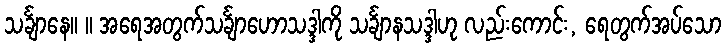
သင်္ချာနေ။ ။ အရေအတွက်သင်္ချာဟောသဒ္ဒါကို သင်္ချာနသဒ္ဒါဟု လည်းကောင်း, ရေတွက်အပ်သော